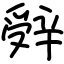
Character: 辤